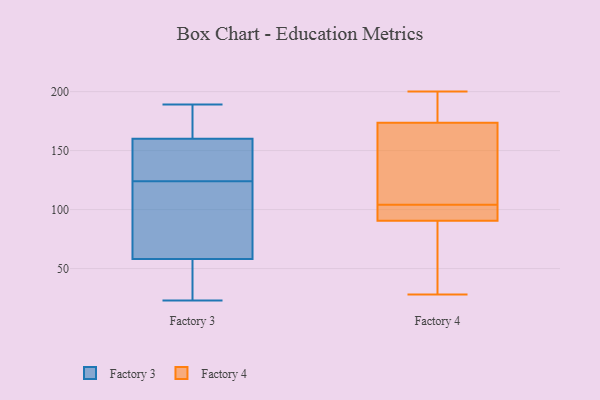
{"axis": {"x": "Budget (USD K)", "y": "Value"}, "legend": ["Factory 3", "Factory 4"], "data": [{"x": "", "y": 23, "type": "Factory 3"}, {"x": "", "y": 64, "type": "Factory 3"}, {"x": "", "y": 153, "type": "Factory 3"}, {"x": "", "y": 160, "type": "Factory 3"}, {"x": "", "y": 143, "type": "Factory 3"}, {"x": "", "y": 134, "type": "Factory 3"}, {"x": "", "y": 103, "type": "Factory 3"}, {"x": "", "y": 161, "type": "Factory 3"}, {"x": "", "y": 189, "type": "Factory 3"}, {"x": "", "y": 58, "type": "Factory 3"}, {"x": "", "y": 38, "type": "Factory 3"}, {"x": "", "y": 114, "type": "Factory 3"}, {"x": "", "y": 167, "type": "Factory 3"}, {"x": "", "y": 37, "type": "Factory 3"}, {"x": "", "y": 180, "type": "Factory 4"}, {"x": "", "y": 92, "type": "Factory 4"}, {"x": "", "y": 128, "type": "Factory 4"}, {"x": "", "y": 98, "type": "Factory 4"}, {"x": "", "y": 178, "type": "Factory 4"}, {"x": "", "y": 97, "type": "Factory 4"}, {"x": "", "y": 103, "type": "Factory 4"}, {"x": "", "y": 153, "type": "Factory 4"}, {"x": "", "y": 86, "type": "Factory 4"}, {"x": "", "y": 172, "type": "Factory 4"}, {"x": "", "y": 28, "type": "Factory 4"}, {"x": "", "y": 200, "type": "Factory 4"}, {"x": "", "y": 28, "type": "Factory 4"}, {"x": "", "y": 142, "type": "Factory 4"}, {"x": "", "y": 70, "type": "Factory 4"}, {"x": "", "y": 104, "type": "Factory 4"}, {"x": "", "y": 196, "type": "Factory 4"}]}